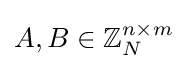
A,B\in \mathbb {Z} _{N}^{n\times m}